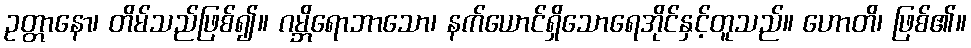
ဥတ္တာနော၊ တိမ်သည်ဖြစ်၍။ ဂမ္ဘိရောဘာသော၊ နက်ယောင်ရှိသောရေအိုင်နှင့်တူသည်။ ဟောတိ၊ ဖြစ်၏။